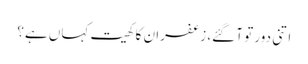
اتنی دور تو آ گئے، زعفران کا کھیت کہاں ہے؟